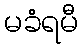
မခံရမီ